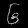
Digit: ၆